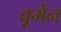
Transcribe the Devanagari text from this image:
वूमेंन